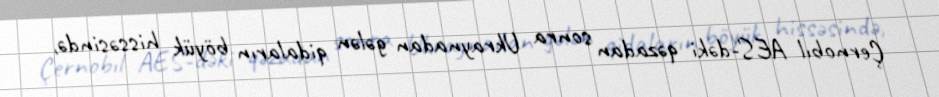
Çernobıl AES-dəki qəzadan sonra Ukraynadan gələn qidaların böyük hissəsində,